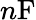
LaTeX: n\mathrm{F}